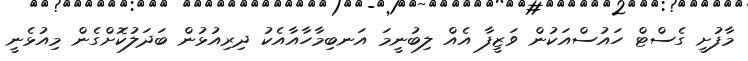
މާފުށީ ގެސްޓް ހައުސްއަކުން ވަޒީފާ އެއް ލިބުނީމަ އަނބިމާހާއާއެކު ދިރިއުޅުން ބަދަލުކޮށްގެން މިއުޅެނީ